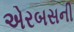
એરબસની